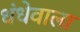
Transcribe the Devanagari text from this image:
धंधेवाला